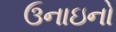
ઉનાઇનો